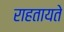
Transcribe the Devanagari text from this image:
राहतायते